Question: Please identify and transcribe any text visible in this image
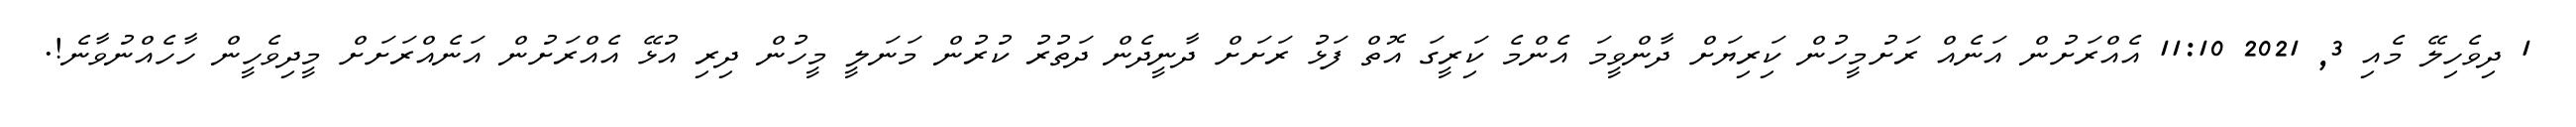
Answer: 1 ދިވެހިލޭ މެއި 3, 2021 11:10 އެއްރަށުން އަނެއް ރަށުމީހުން ކަިރިޔަށް ދާންވީމަ އެންމެ ކަިރީގަ އޮތް ފަޅު ރަށަށް ދާނީދެން ދަތުރު ކުރުން މަނަލީ މީހުން ދިރި އުޅޭ އެއްރަށުން އަނެއްރަށަށް މީދިވެހީން ހާހެއްނުވާނެ!.